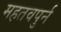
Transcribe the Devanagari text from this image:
महतवपुर्न